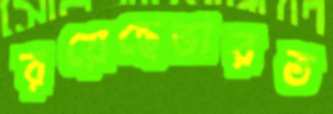
রয়েছেভারত